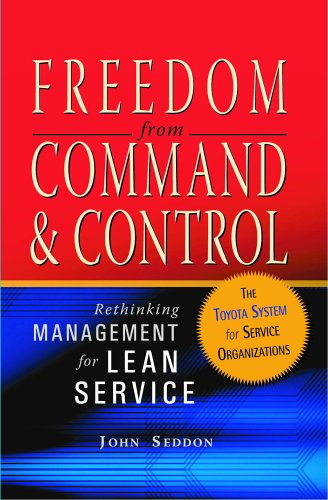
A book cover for Freedom from Command and Control: Rethinking Management for Lean Service; John Seddon; Business & Money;